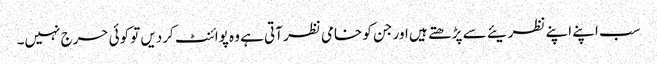
سب اپنے اپنے نظریئے سے پڑھتے ہیں اور جن کو خامی نظر آتی ہے وہ پوائنٹ کردیں تو کوئی حرج نہیں۔